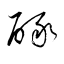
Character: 醁